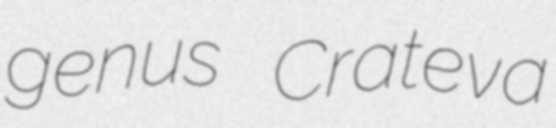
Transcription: genus Crateva